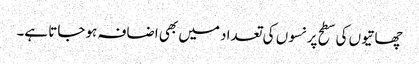
چھاتیوں کی سطح پر نسوں کی تعداد میں بھی اضافہ ہو جاتا ہے۔